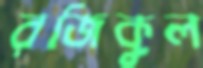
রজিকুল